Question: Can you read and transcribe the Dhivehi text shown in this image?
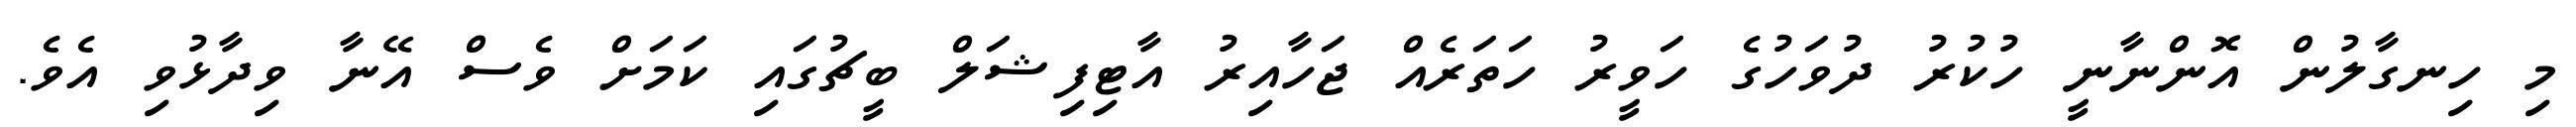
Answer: މި ހިނގާލުން އޮންނާނީ ހުކުރު ދުވަހުގެ ހަވީރު ހަތަރެއް ޖަހާއިރު އާޓިފިޝަލް ބީޗުގައި ކަމަށް ވެސް އޭނާ ވިދާޅުވި އެވެ.